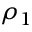
\rho _ { 1 }